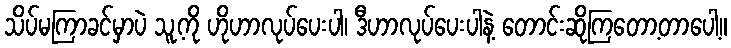
သိပ်မကြာခင်မှာပဲ သူ့ကို ဟိုဟာလုပ်ပေးပါ၊ ဒီဟာလုပ်ပေးပါနဲ့ တောင်းဆိုကြတော့တာပေါ့။